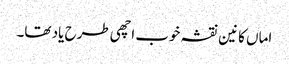
اماں کانین نقشہ خوب اچھی طرح یاد تھا۔